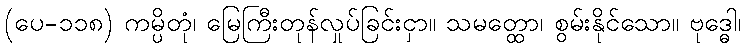
(ပေ-၁၁၈) ကမ္ပိတုံ၊ မြေကြီးတုန်လှုပ်ခြင်းငှာ။ သမတ္ထော၊ စွမ်းနိုင်သော။ ဗုဒ္ဓေါ၊